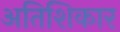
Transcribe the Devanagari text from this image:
अतिशिकार